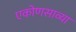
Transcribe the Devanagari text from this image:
एकोणसाव्या